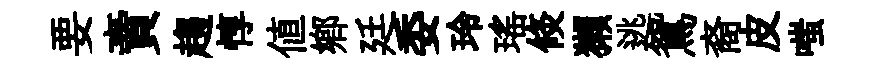
要賣趨惇值鄕廷委玲瑤倐獺逃鴛裔皮嗤